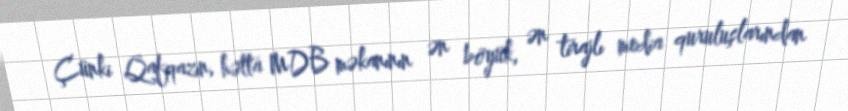
Çünki Qafqazın, hətta MDB məkanının ən böyük, ən tirajlı media quruluşlarından